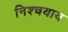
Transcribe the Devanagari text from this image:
निश्चयाय